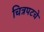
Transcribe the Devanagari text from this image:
चित्रपटचे